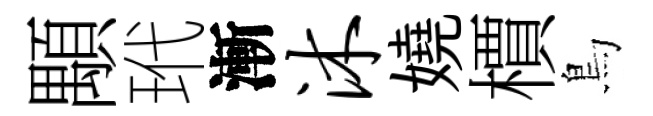
顒玳漸沐嬈檟鳥